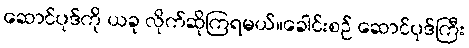
ဆောင်ပုဒ်ကို ယခု လိုက်ဆိုကြရမယ်။ခေါင်းစဉ် ဆောင်ပုဒ်ကြီး